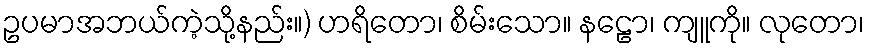
ဥပမာအဘယ်ကဲ့သို့နည်း။) ဟရိတော၊ စိမ်းသော။ နဠော၊ ကျူကို။ လုတော၊